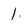
Character: 1